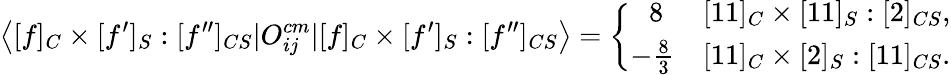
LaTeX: \left<[f]_{C}\times[f^{\prime}]_{S}:[f^{\prime\prime}]_{CS}|O_{ij}^{cm}|[f]_{C}\times[f^{\prime}]_{S}:[f^{\prime\prime}]_{CS}\right>=\left\{ \begin{array}{cl}{{\ 8}}&{{[11]_{C}\times[11]_{S}:[2]_{CS},}}\\ {{-\frac{8}{3}}}&{{[11]_{C}\times[2]_{S}:[11]_{CS}.}}\end{array}\right.